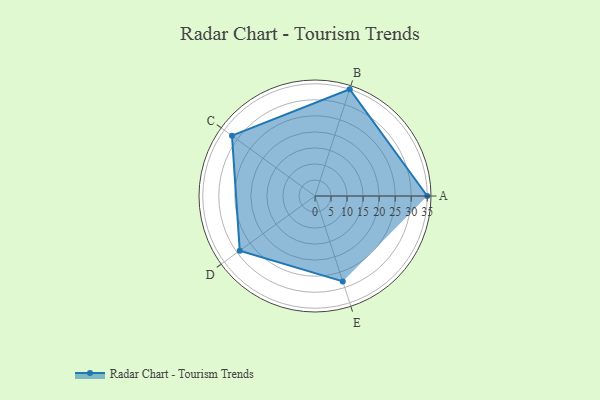
{"axis": {"x": "Skill", "y": "Score"}, "legend": ["Profile"], "data": [{"x": "A", "y": 35.0, "type": "Profile"}, {"x": "B", "y": 35.0, "type": "Profile"}, {"x": "C", "y": 32.0, "type": "Profile"}, {"x": "D", "y": 29.0, "type": "Profile"}, {"x": "E", "y": 28.0, "type": "Profile"}]}